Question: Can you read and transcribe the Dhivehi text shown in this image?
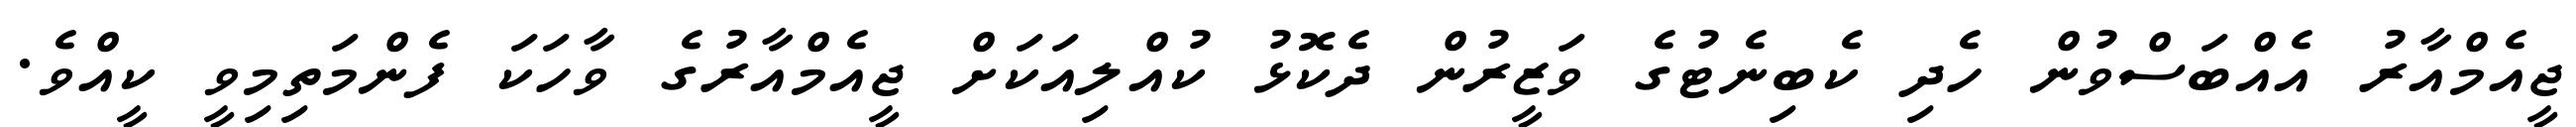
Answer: ޖީއެމްއާރު އެއްބަސްވުން ހެދި ކެބިނެޓުގެ ވަޒީރުން ދެކޮޅު ކުއްލިއަކަށް ޖީއެމްއާރުގެ ވާހަކަ ފެންމަތިމިވީ ކީއްވެ.